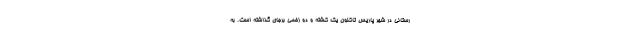
رستانی در شهر پاریس تاکنون یک کشته و دو زخمی برجای گذاشته است. به